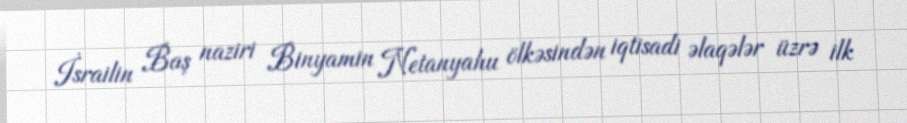
İsrailin Baş naziri Binyamin Netanyahu ölkəsindən iqtisadi əlaqələr üzrə ilk